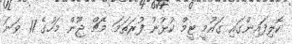
ކޮލިފައިންގައި ގައުމީ ޓީމް ކުޅުނު ފުރަތަމަ މެޗް ޖޫން މަހުގެ 11 ވަނަ